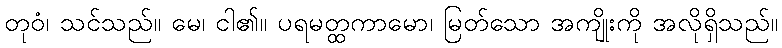
တုဝံ၊ သင်သည်။ မေ၊ ငါ၏။ ပရမတ္ထကာမော၊ မြတ်သော အကျိုးကို အလိုရှိသည်။